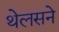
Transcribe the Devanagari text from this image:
थेलसने